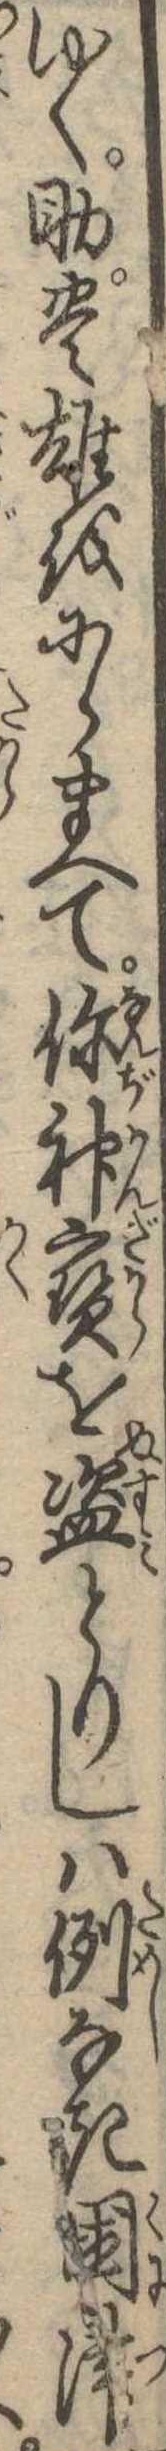
ゆく助豊雄をにらまへて神宝を盗とりしは例なき国津